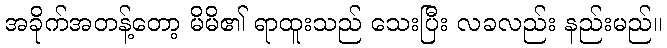
အခိုက်အတန့်တော့ မိမိ၏ ရာထူးသည် သေးပြီး လခလည်း နည်းမည်။